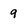
Character: 9